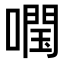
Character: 𡀊